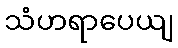
သံဟရာပေယျ